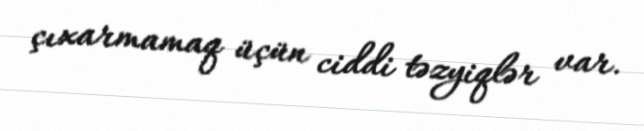
çıxarmamaq üçün ciddi təzyiqlər var.